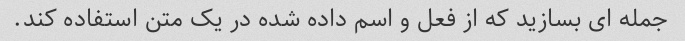
جمله ای بسازید که از فعل و اسم داده شده در یک متن استفاده کند.